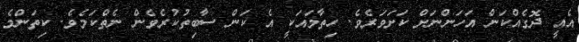
އެއީ ދޮގެއްކަން އަހަންނަށް ކަށަވަރެވެ. ހިތާމައަކީ އެ ކަން ސާބިތުކުރެވެން ނެތްކަމެވެ. ކިތަންމެ